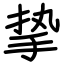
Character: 挚